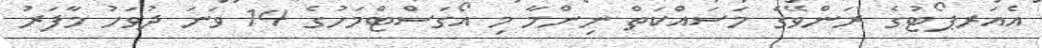
އެއަރޕޯޓުގެ ރަންވޭގެ މަސައްކަތް ނިންމާ މި އޯގަސްޓްމަހުގެ 14 ވަނަ ދުވަހު މާފަރު